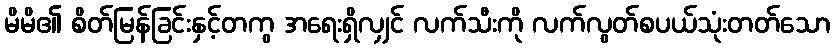
မိမိ၏ စိတ်မြန်ခြင်းနှင့်တကွ အရေးရှိလျှင် လက်သီးကို လက်လွတ်စပယ်သုံးတတ်သော